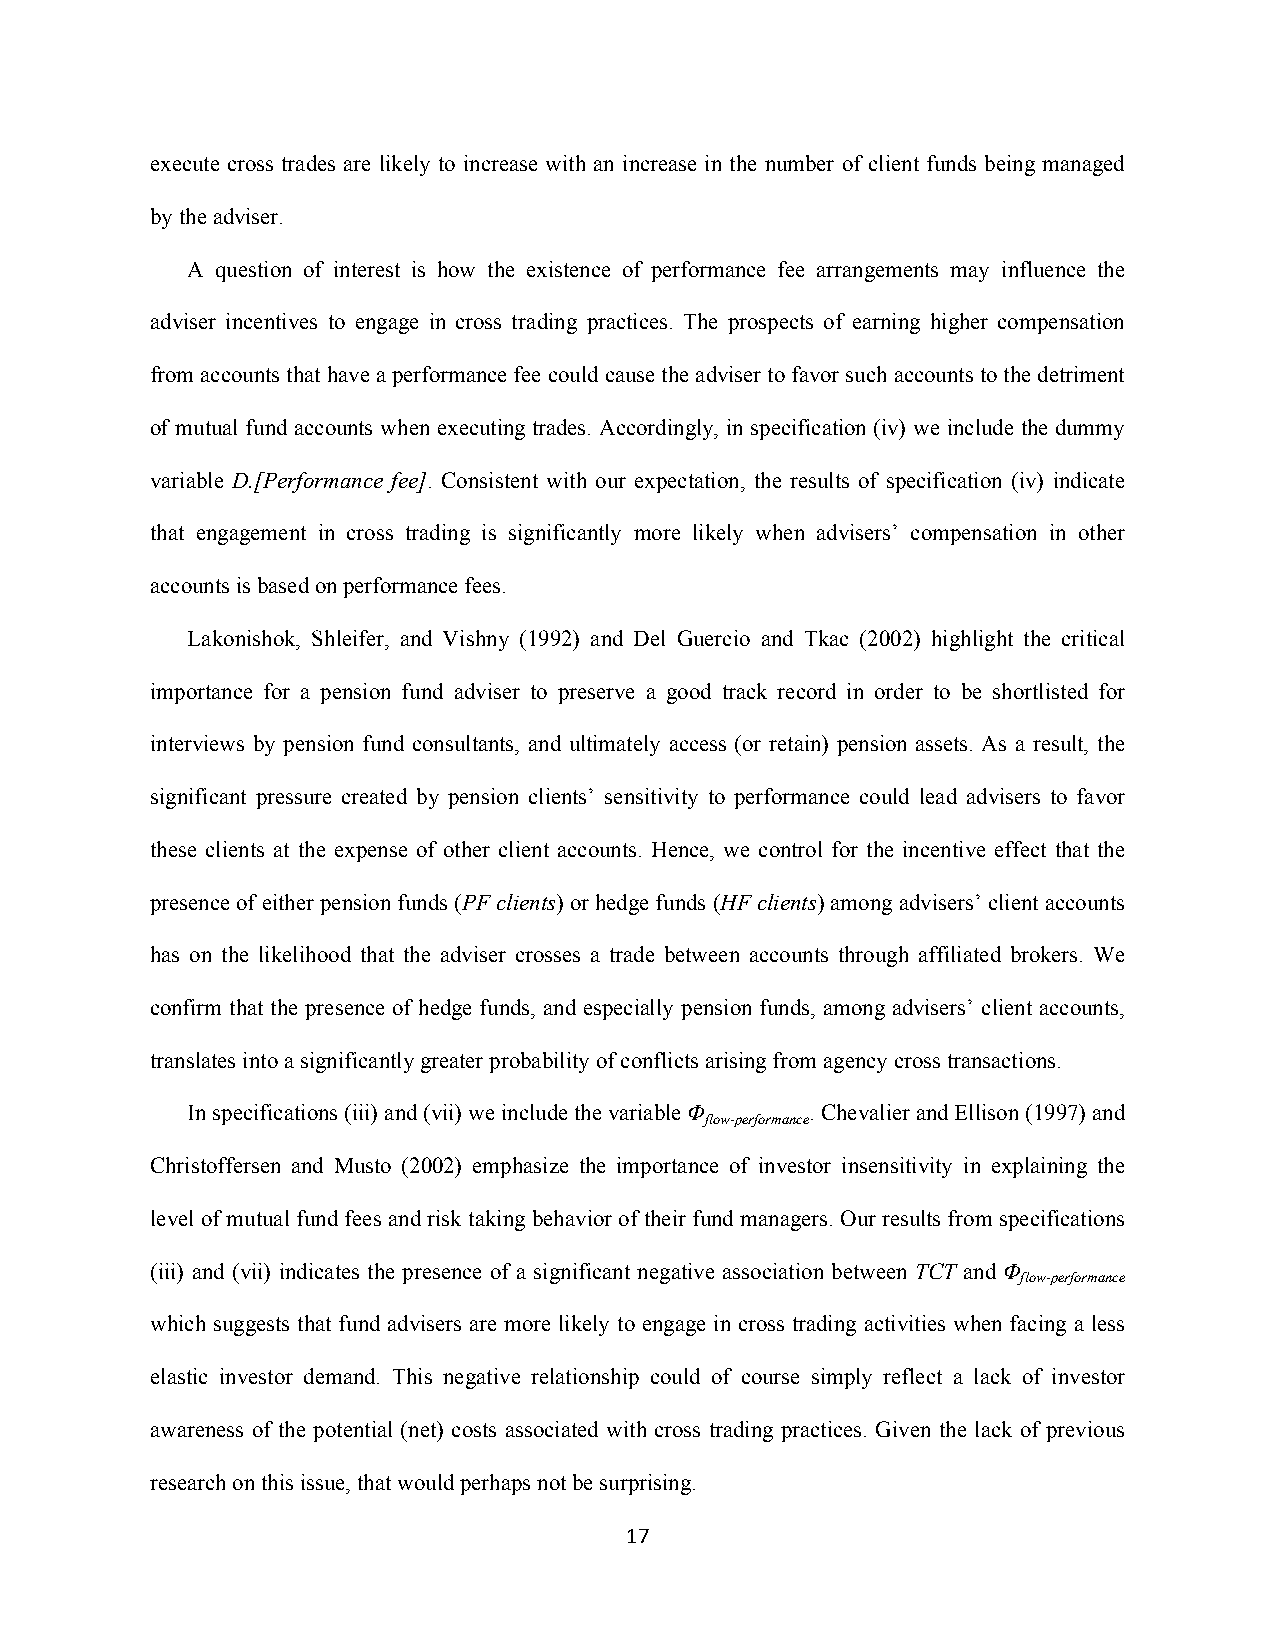
execute cross trades are likely to increase with an increase in the number of client funds being managed
 by the adviser.
 A question of interest is how the existence of performance fee arrangements may influence the
 adviser incentives to engage in cross trading practices. The prospects of earning higher compensation
 from accounts that have a performance fee could cause the adviser to favor such accounts to the detriment
 of mutual fund accounts when executing trades. Accordingly, in specification (iv) we include the dummy
 variable D.[Performance fee]. Consistent with our expectation, the results of specification (iv) indicate
 that engagement in cross trading is significantly more likely when advisers’ compensation in other
 accounts is based on performance fees.
 Lakonishok, Shleifer, and Vishny (1992) and Del Guercio and Tkac (2002) highlight the critical
 importance for a pension fund adviser to preserve a good track record in order to be shortlisted for
 interviews by pension fund consultants, and ultimately access (or retain) pension assets. As a result, the
 significant pressure created by pension clients’ sensitivity to performance could lead advisers to favor
 these clients at the expense of other client accounts. Hence, we control for the incentive effect that the
 presence of either pension funds (PF clients) or hedge funds (HF clients) among advisers’ client accounts
 has on the likelihood that the adviser crosses a trade between accounts through affiliated brokers. We
 confirm that the presence of hedge funds, and especially pension funds, among advisers’ client accounts,
 translates into a significantly greater probability of conflicts arising from agency cross transactions.
 In specifications (iii) and (vii) we include the variable Φ . Chevalier and Ellison (1997) and
 flow-performance
 Christoffersen and Musto (2002) emphasize the importance of investor insensitivity in explaining the
 level of mutual fund fees and risk taking behavior of their fund managers. Our results from specifications
 (iii) and (vii) indicates the presence of a significant negative association between TCT and Φ
 flow-performance
 which suggests that fund advisers are more likely to engage in cross trading activities when facing a less
 elastic investor demand. This negative relationship could of course simply reflect a lack of investor
 awareness of the potential (net) costs associated with cross trading practices. Given the lack of previous
 research on this issue, that would perhaps not be surprising.
 17